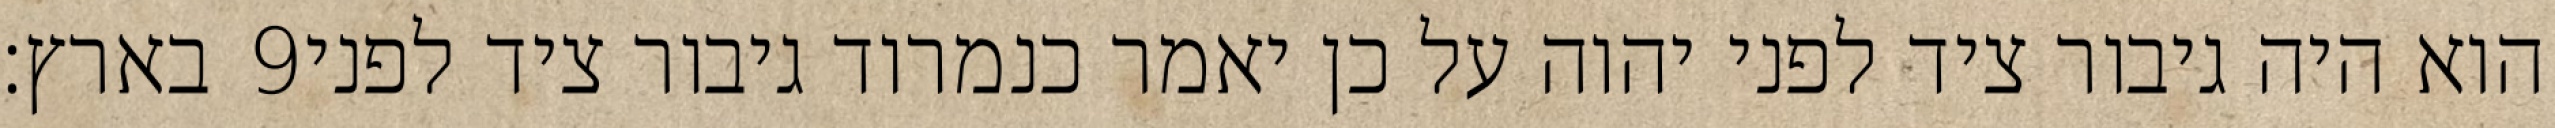
בארץ׃ ‎9‏ הוא היה גיבור ציד לפני יהוה על כן יאמר כנמרוד גיבור ציד לפני